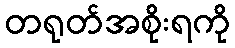
တရုတ်အစိုးရကို